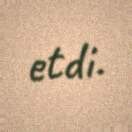
etdi.